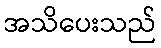
အသိပေးသည်